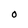
Character: 0